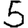
Digit: 5